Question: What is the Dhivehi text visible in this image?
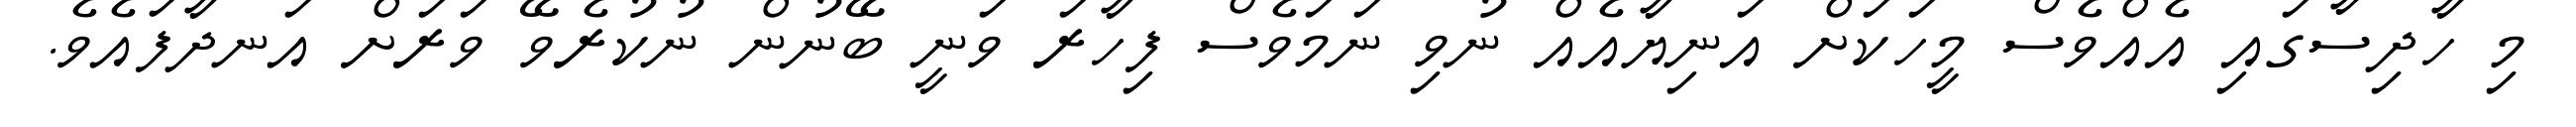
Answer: މި ހާދިސާގައި އެއްވެސް މީހަކަށް އަނިޔާއެއް ނުވި ނަމަވެސް ފިހާރަ ވަނީ ބޭނުން ނުކުރެވޭ ވަރަށް އަނދާފައެވެ.